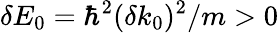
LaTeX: \delta E_{0}=\hbar^{2}(\delta k_{0})^{2}/m>0